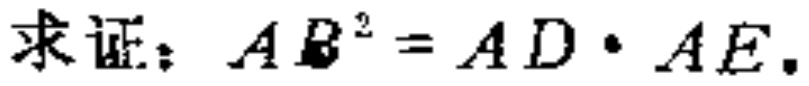
求证：\(AB^{2}=AD\cdot AE\)。